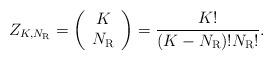
LaTeX: \begin{align*} {Z_{K,{N_{\rm{R}}}}} = \left( {\begin{array}{*{20}{c}}K\\{{N_{\rm{R}}}}\end{array}} \right) = \frac{{K!}}{{\left( {K - {N_{\rm{R}}}} \right)!{N_{\rm{R}}}!}}.\end{align*}